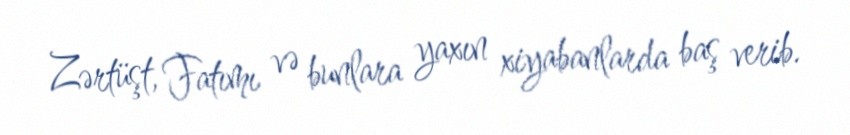
Zərtüşt, Fatımı və bunlara yaxın xiyabanlarda baş verib.